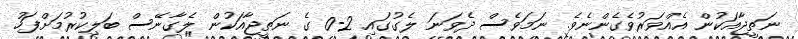
ނަތީޖާއަކުން އެއްވަރުވެގެންނެވެ. ނަމަވެސް ދެވަނަ ލެގުގައި 2-0 ގެ ނަތީޖާއަކުން ލެގާނޭސް ބަލިކުރުމަށްފަހު